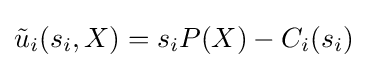
{\tilde {u}}_{i}(s_{i},X)=s_{i}P(X)-C_{i}(s_{i})